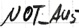
Text: NOT_AUS